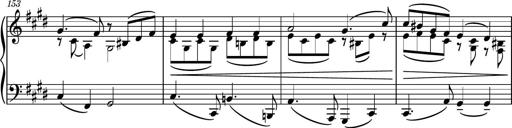
Title: Piano Sonatina No.6
Composer: Dimitri Sykias
Key: A major